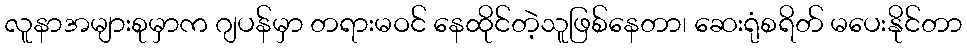
လူနာအများစုမှာက ဂျပန်မှာ တရားမဝင် နေထိုင်တဲ့သူဖြစ်နေတာ၊ ဆေးရုံစရိတ် မပေးနိုင်တာ